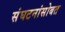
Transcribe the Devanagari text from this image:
संघटनांसोबत